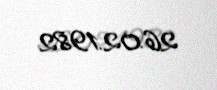
26.02.1982